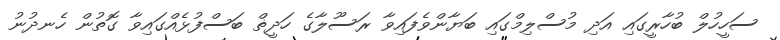
ސަހީހުލް ބުހާރީގައި އަދި މުސްލިމްގައި ބަޔާންވެފައިވާ ރަސޫލާގެ ހަދީޡް ބަސްފުޅެއްގައިވާ ގޮތުން ހެނދުނު